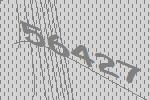
56427